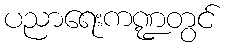
ပညာရေးကဏ္ဍတွင်